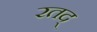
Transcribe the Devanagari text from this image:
रतद्